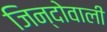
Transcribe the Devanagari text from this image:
जिन्दोवाली